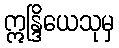
ဣန္ဒြိယေသုမှ